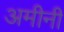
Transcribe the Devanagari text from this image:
अमीनी